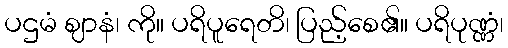
ပဌမံ ဈာနံ၊ ကို။ ပရိပူရေတိ၊ ပြည့်စေ၏။ ပရိပုဏ္ဏံ၊